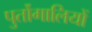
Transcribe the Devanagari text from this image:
पुर्तोगालियों